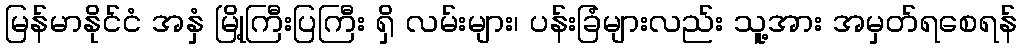
မြန်မာနိုင်ငံ အနှံ မြို့ကြီးပြကြီး ရှိ လမ်းများ၊ ပန်းခြံများလည်း သူ့အား အမှတ်ရစေရန်